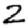
Digit: 2